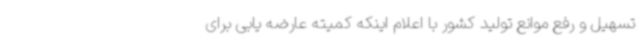
تسهیل و رفع موانع تولید کشور با اعلام اینکه کمیته عارضه یابی برای